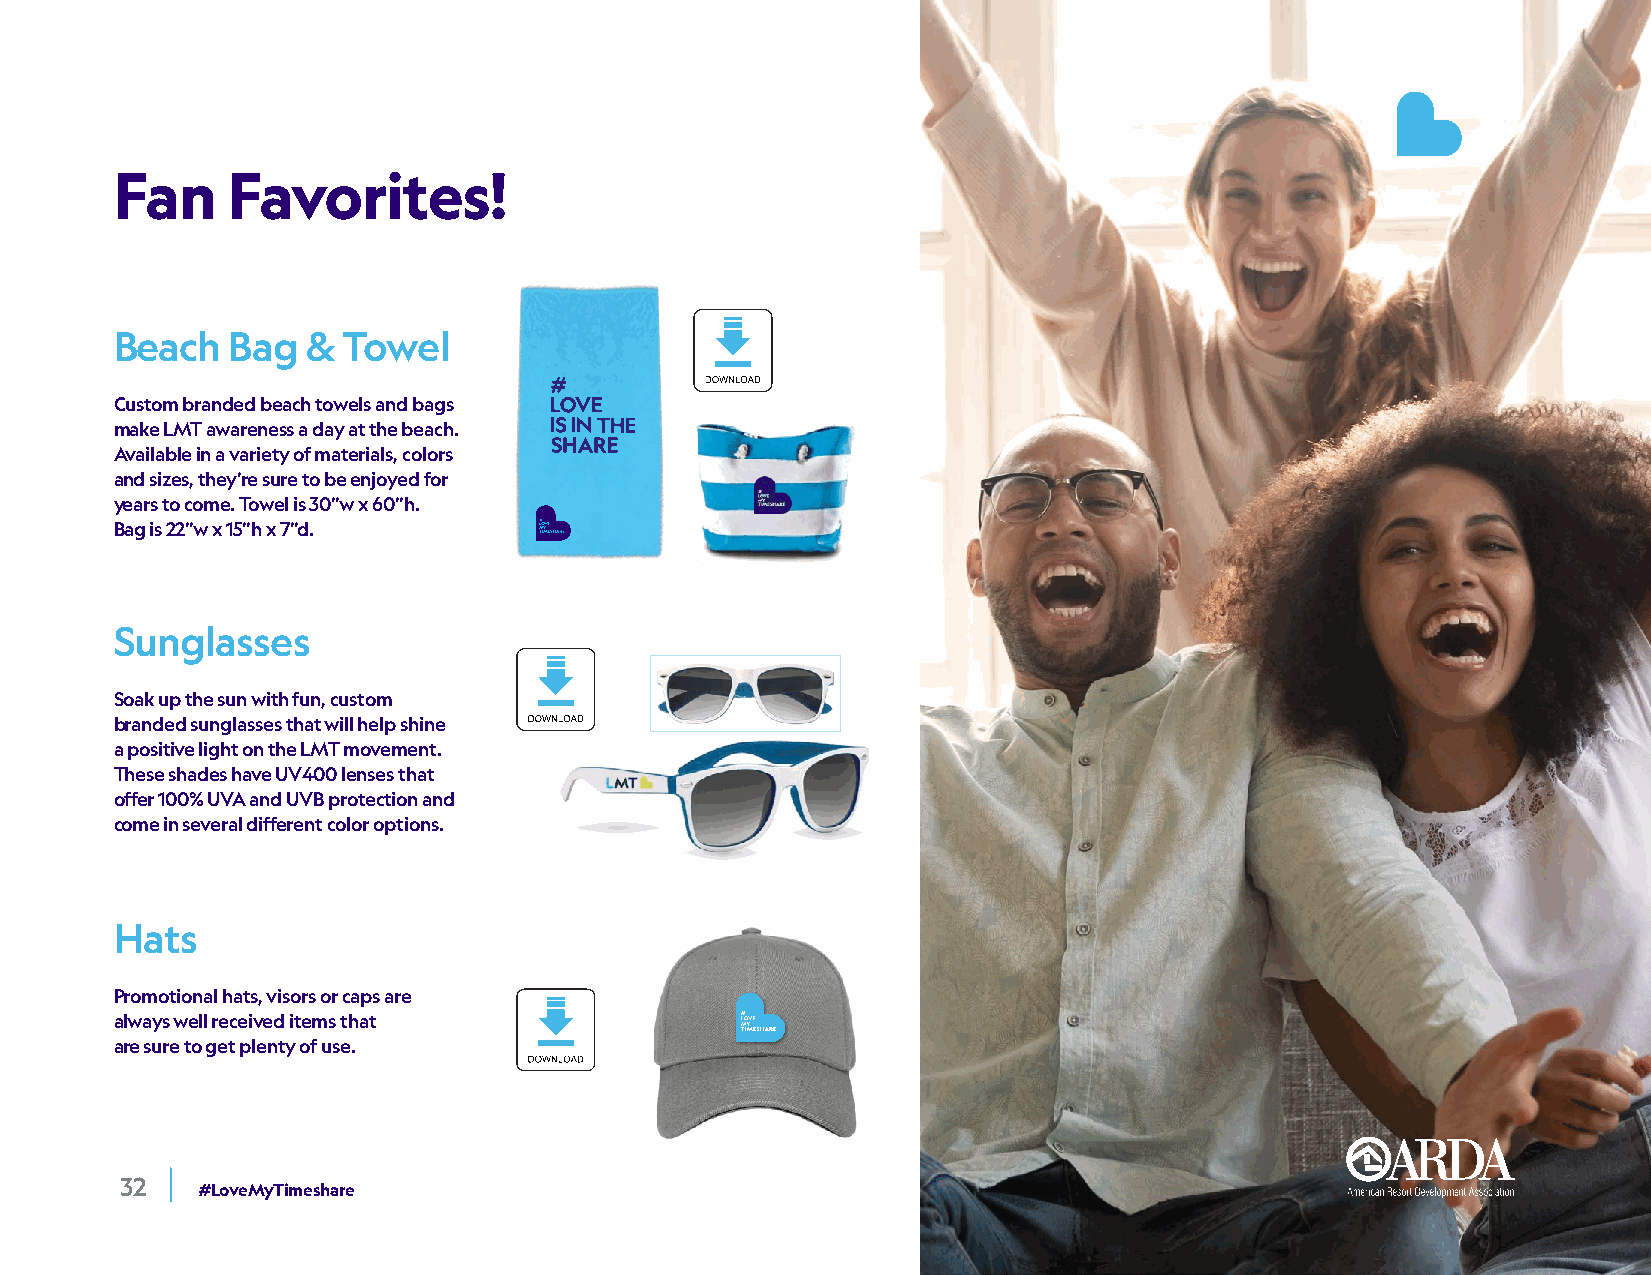
Fan    Favorites!
 Beach  Bag  &  Towel
 Custom branded beach towels and bags
 make LMT awareness a day at the beach.
 Available in a variety of materials, colors
 and sizes, they’re sure to be enjoyed for
 years to come. Towel is 30”w x 60”h.
 Bag is 22”w x 15”h x 7”d.
 Sunglasses
 Soak up the sun with fun, custom
 branded sunglasses that will help shine
 a positive light on the LMT movement.
 These shades have UV400 lenses that
 offer 100% UVA and UVB protection and
 come in several different color options. Hat Design
 Hats
 Promotional hats, visors or caps are
 always well received items that
 are sure to get plenty of use.
 32   #LoveMyTimeshare